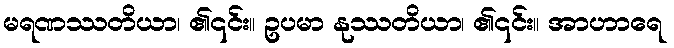
မရဏဿတိယာ၊ ၏၎င်း။ ဥပမာ နုဿတိယာ၊ ၏၎င်း။ အာဟာရေ